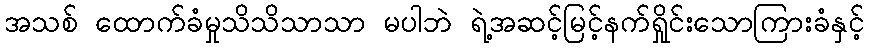
အသစ် ထောက်ခံမှုသိသိသာသာ မပါဘဲ ရဲ့အဆင့်မြင့်နက်ရှိုင်းသောကြားခံနှင့်